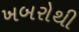
ખબરોથી